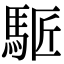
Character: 𩣕